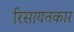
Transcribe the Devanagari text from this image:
रिसायतकार